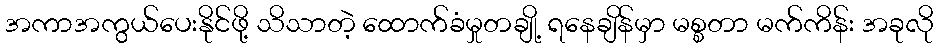
အကာအကွယ်ပေးနိုင်ဖို့ သိသာတဲ့ ထောက်ခံမှုတချို့ ရနေချိန်မှာ မစ္စတာ မက်ကိန်း အခုလို